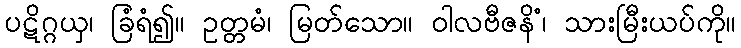
ပဋိဂ္ဂယှ၊ ခြံရံ၍။ ဥတ္တမံ၊ မြတ်သော။ ဝါလဗီဇနိံ၊ သားမြီးယပ်ကို။